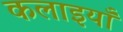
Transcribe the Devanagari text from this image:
कलाइयाँ